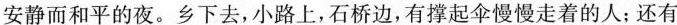
安静而和平的夜。乡下去,小路上,石桥边,有撑起伞慢慢走着的人;还有